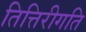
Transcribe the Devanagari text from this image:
तित्तिरीगति